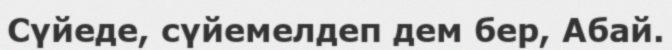
Сүйеде, сүйемелдеп дем бер, Абай.